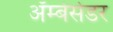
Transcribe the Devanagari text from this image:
अॅम्बेसेडर